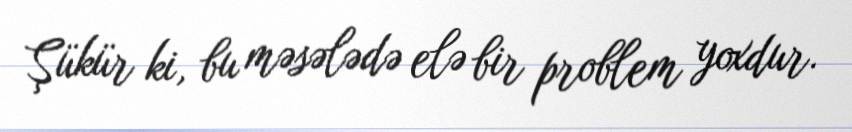
Şükür ki, bu məsələdə elə bir problem yoxdur.